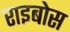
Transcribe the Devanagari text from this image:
राइबोस